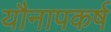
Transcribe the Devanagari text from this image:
यौनापकर्ष